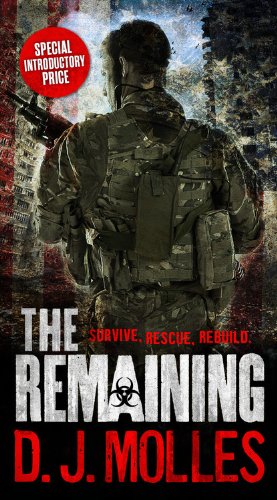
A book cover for The Remaining; D.J. Molles; Mystery, Thriller & Suspense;